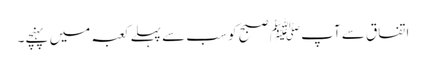
اتفاق سے آپﷺ صبح کو سب سے پہلے کعبہ میں پہنچے۔